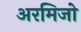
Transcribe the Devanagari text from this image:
अरमिजो